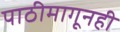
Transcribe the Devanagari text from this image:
पाठीमागूनही